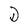
Character: D